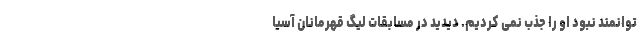
توانمند نبود او را جذب نمی کردیم. دیدید در مسابقات لیگ قهرمانان آسیا